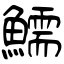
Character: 鱬